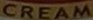
CREAM